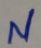
Text: N